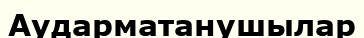
Аударматанушылар